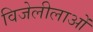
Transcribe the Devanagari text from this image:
विजेलीलाओं